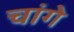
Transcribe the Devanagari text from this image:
चांगे